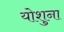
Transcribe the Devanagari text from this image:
योशुना